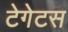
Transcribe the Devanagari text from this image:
टेगेटस